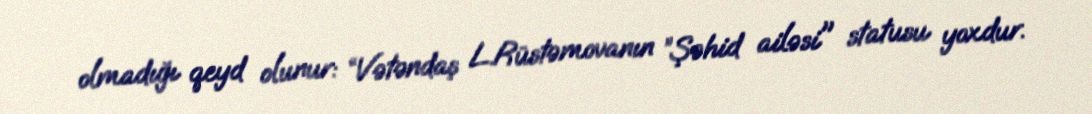
olmadığı qeyd olunur: “Vətəndaş L.Rüstəmovanın ”Şəhid ailəsi" statusu yoxdur.